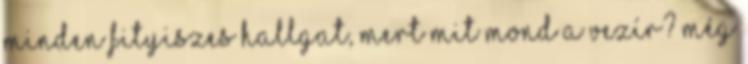
minden fityiszes hallgat, mert mit mond a vezír? még